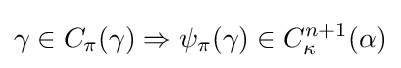
\gamma \in C_{\pi }(\gamma )\Rightarrow \psi _{\pi }(\gamma )\in C_{\kappa }^{n+1}(\alpha )